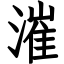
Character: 漼